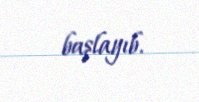
başlayıb.